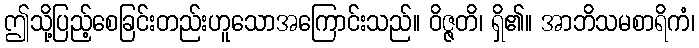
ဤသို့ပြည့်စေခြင်းတည်းဟူသောအကြောင်းသည်။ ဝိဇ္ဇတိ၊ ရှိ၏။ အာဘိသမစာရိကံ၊